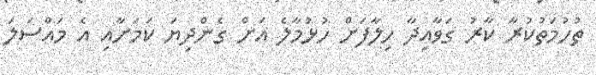
ތުހުމަތުކުރާ ކާރު ގަވާއިދާ ހިލާފަށް ހުޅުމާލެ އަށް ގެންދިޔަ ކަމަށާއި އެ މައްސަލަ